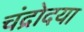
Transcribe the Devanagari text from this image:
चंद्रोदया